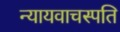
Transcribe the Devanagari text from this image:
न्यायवाचस्पति